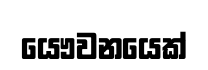
යෞවනයෙක්